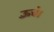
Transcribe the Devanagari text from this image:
ऊँचे।